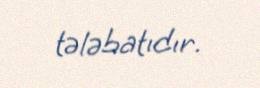
tələbatıdır.